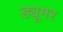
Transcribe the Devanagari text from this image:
ड्यूमर